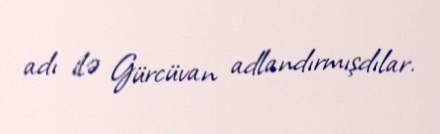
adı ilə Gürcüvan adlandırmışdılar.